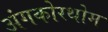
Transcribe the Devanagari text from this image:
अंगकोरथोम